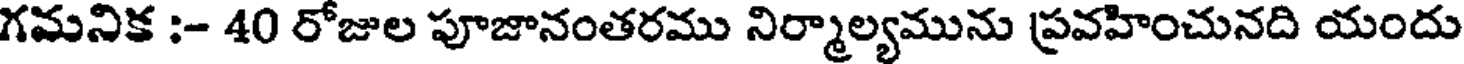
గమనిక :- 40 రోజుల పూజానంతరము నిర్మాల్యమును ప్రవహించునది యందు